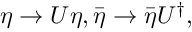
\eta \rightarrow U \eta , \bar { \eta } \rightarrow \bar { \eta } U ^ { \dagger } ,